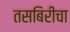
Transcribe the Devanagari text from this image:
तसबिरीचा